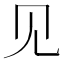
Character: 见